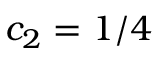
c _ { 2 } = 1 / 4